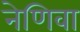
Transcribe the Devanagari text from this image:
नेणिवा